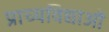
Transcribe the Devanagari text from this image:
प्राच्यविद्याओं